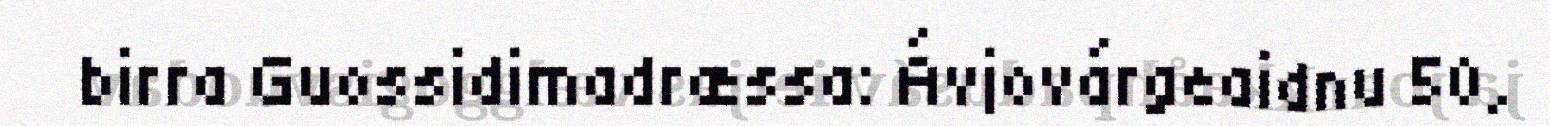
birra Guossidimadræssa: Ávjovárgeaidnu 50,